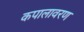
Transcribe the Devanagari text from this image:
कपालावरण